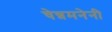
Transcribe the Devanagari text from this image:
चेन्नमनेनी